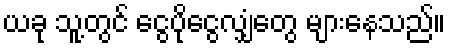
ယခု သူ့တွင် ငွေပိုငွေလျှံတွေ များနေသည်။